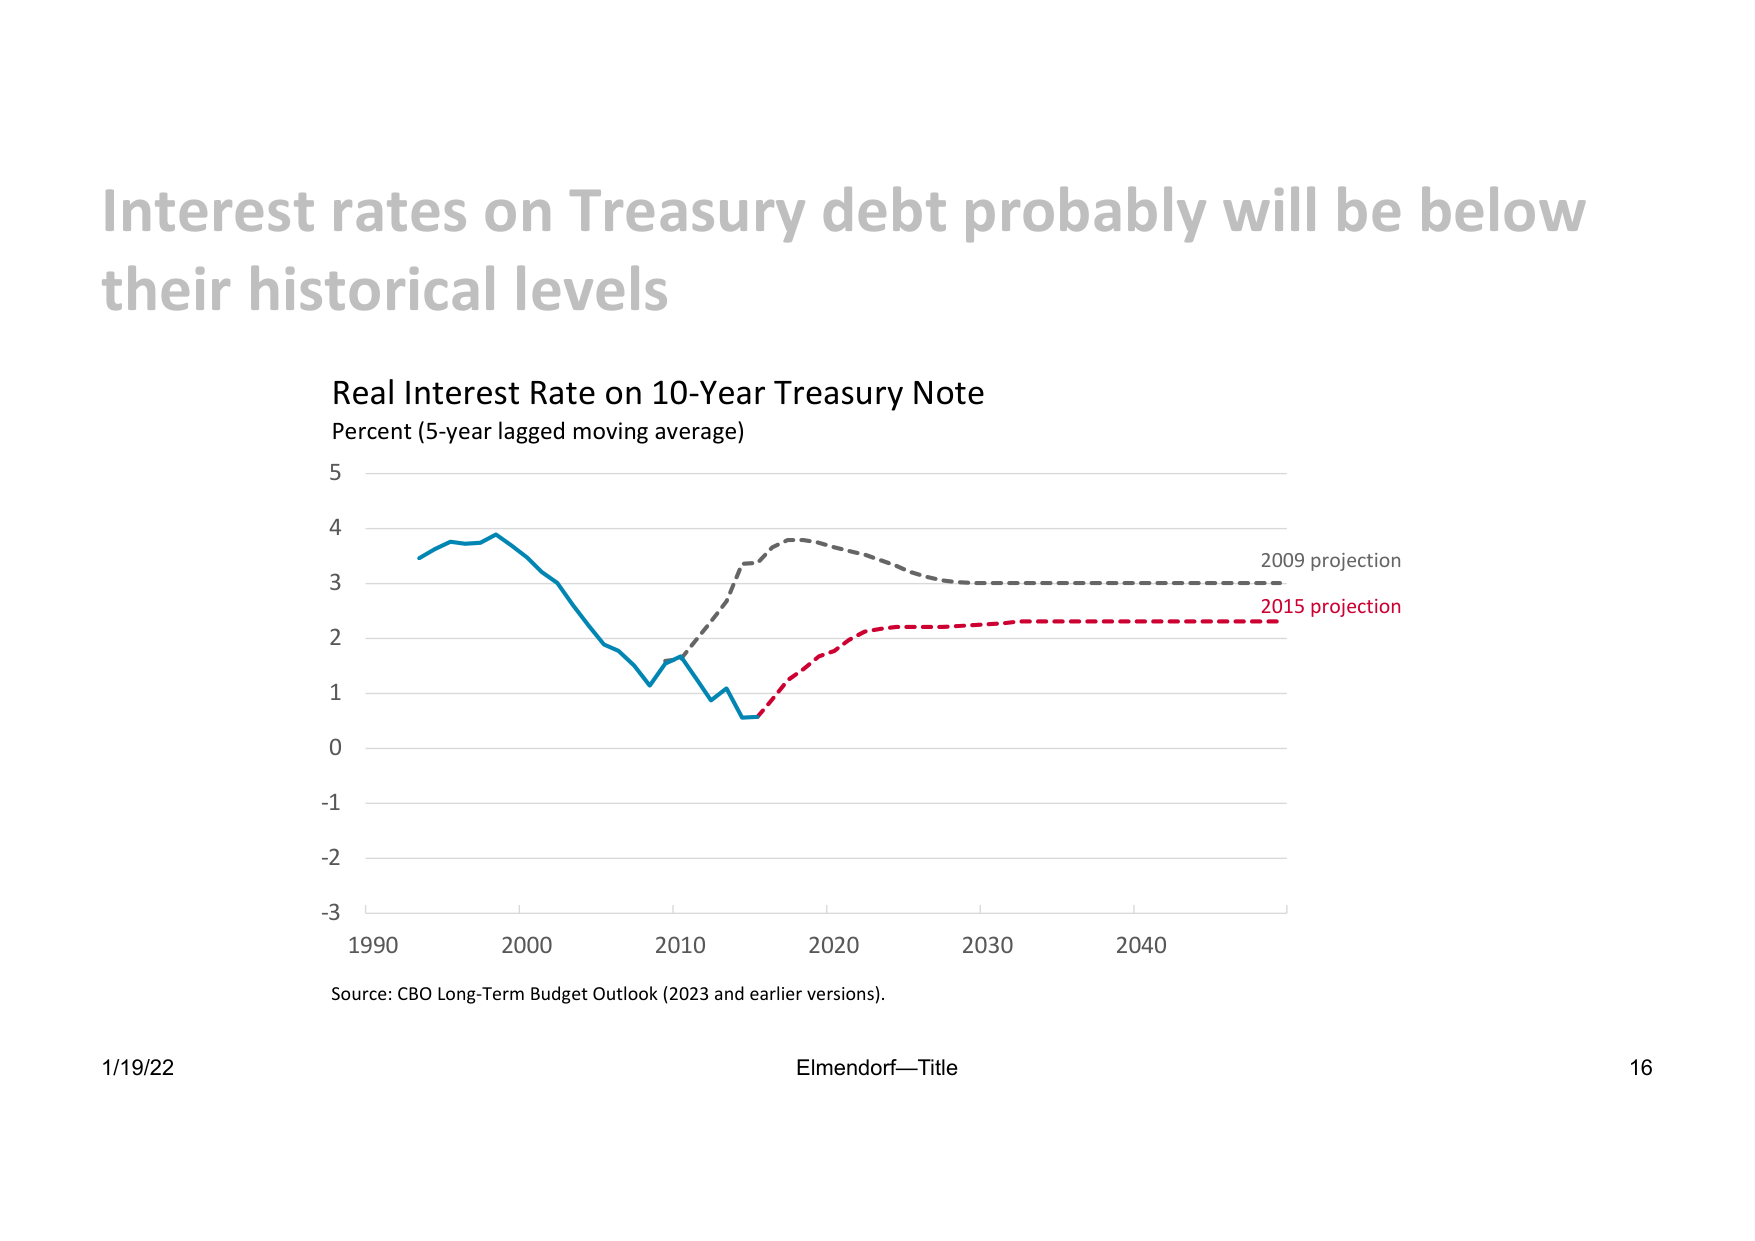
Interest rates on Treasury debt probably will be below
their historical levels

Real Interest Rate on 10-Year Treasury Note
Percent (5-year lagged moving average)

5
4
3
2
1
0
-1
-2
-3

1990    2000    2010    2020    2030    2040

2009 projection
2015 projection

Source: CBO Long-Term Budget Outlook (2023 and earlier versions).

1/19/22    Elmendorf—Title    16